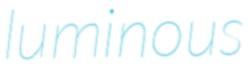
luminous